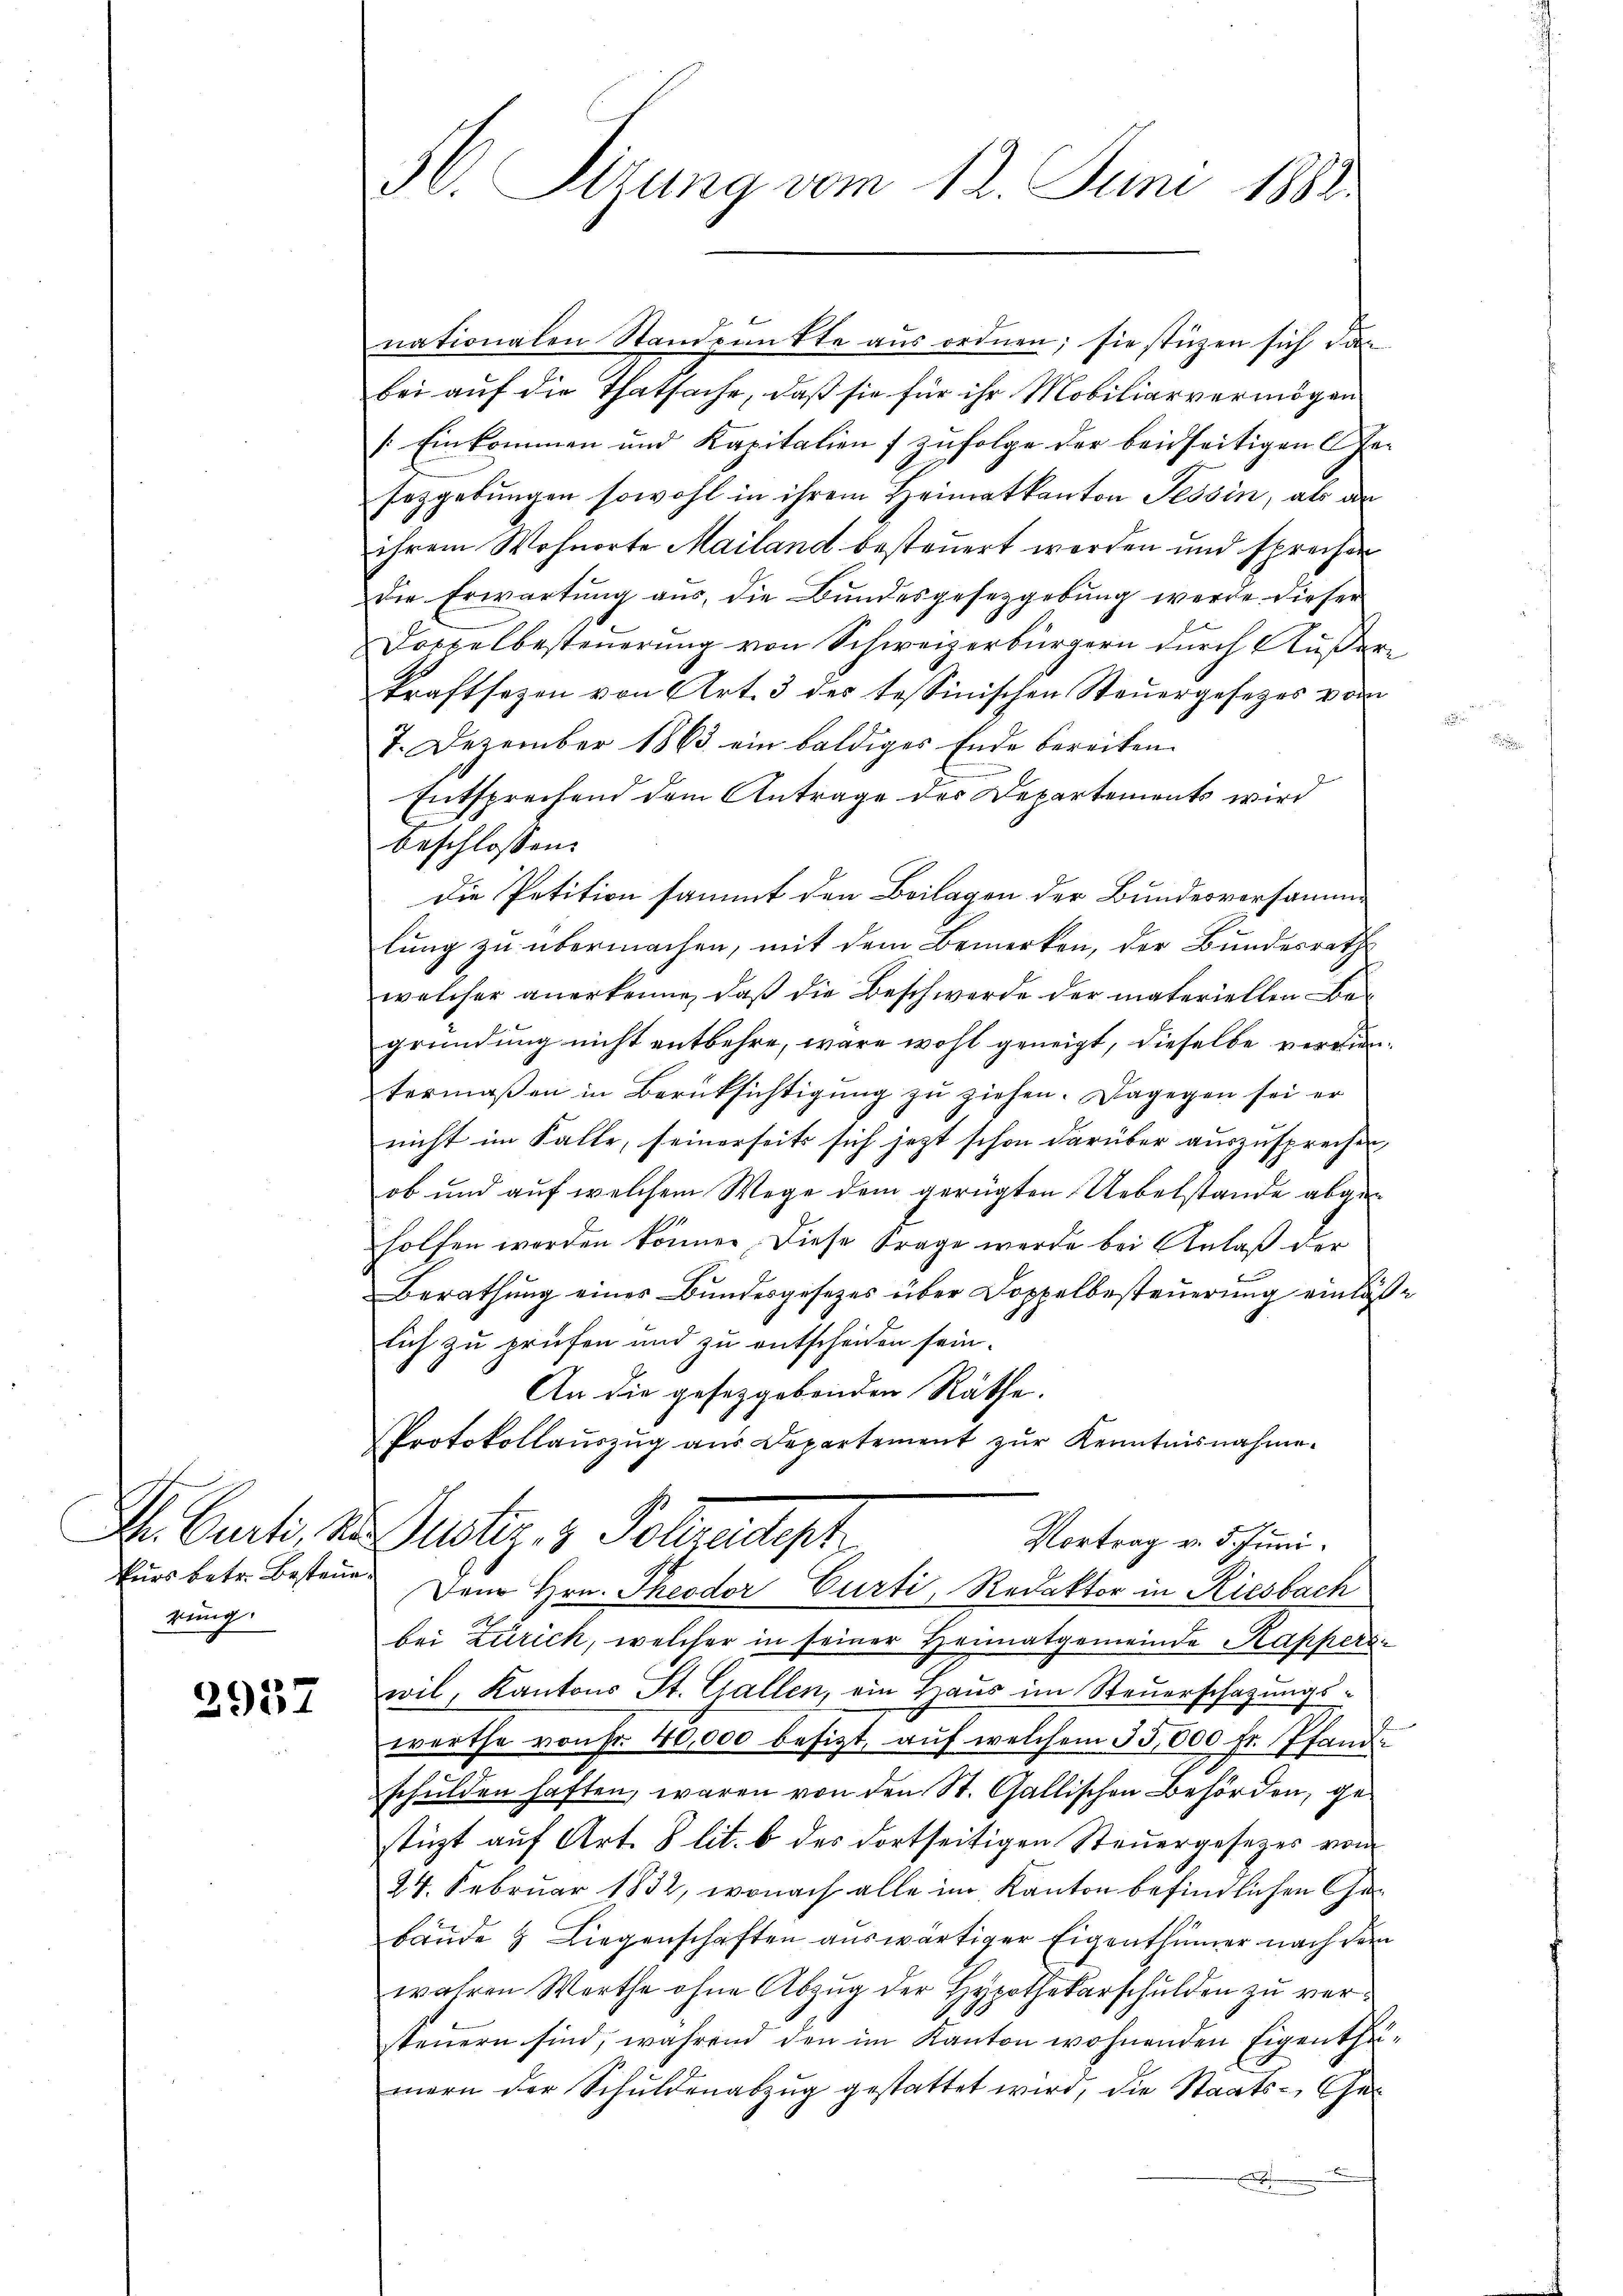
Ihr. Curti Re
kurs betr. Besteuerung.

2957

H. Sizung vom 12. Juni 1888.

nationalen Standpunkte aus ordnen; sie stüzen sich dan
bei auf die Thatsache, daß sie für ihr Mobiliarvermögen
[Einkommen und Kapitalien (zufolge der beidseitigen Gesezgebungen sowohl in ihrem Heimatkanton Tessin, als da
ihrem Wohnorte Mailand besteuert worden und sprecher
die Erwartung aus, die Bundesgesetzgebung werde dieser
Doppelbesteuerung von Schweizerbürgern durch Außerkraftsezen von Art. 3 des tessinischen Steŭergesetzes vom
7. Dezember 1863 ein baldiges Ende bereiten
Entsprechend dem Antrage des Departements wird
beschlossen:
Die Petition sammt den Beilagen der Bundesversammlung zu übermachen, mit dem Bemerken, der Bundesrath
welcher anerkenne, daß die Beschwerde der materiellen Begründung nicht entbehre, wäre wohl geneigt, dieselbe vereien
termaßen in Berüksichtigŭng zŭ ziehen. Dagegen sei er
nicht im Falle, seinerseits sich jetzt schon darüber auszusprechen
ob und auf welchem Wege dem gerügten Uebelstande abgeholfen worden könne. Diese Frage werde bei Anlaß der
Berathung eines Bundesgesetzes über Doppelbesteuerung einläß
lich zu prüfen und zu entscheiden sein.
An die gesetzgebenden Räthe.
Protokollaŭszŭg aŭs Departement zŭr Kenntnisnahme.
Justiz & Polzeitigt
Vortrag v. 5. Juni.
Dem Hrn. Theodor Curti, Redaktor in Riesbach
bei Zürich, welcher in seiner Heimatgemeinde Kapperswil, Kantons St. Gallen, ein Haus im Steuerschazungswerthe von Fr. 40,000 besizt, aŭf welchem 53,000 fr. Pfand
schulden haften, waren von den St. Gallischen Behörden, gestüzt auf Art. 8 lit. b des dortseitigen Steuergesezes vom
24. Februar 1832, wonach alle im Kanton befindlichen Canbäude & Liegenschaften auswärtiger Eigenthümer nach dem
wahren Werthe ohne Abzŭg der Hypothekarschulden zu verteuern sind, während den im Kanton wohnenden Eigentha
mern der Schuldenabzŭg gestattet wird, die Staats-Ge¬

.